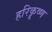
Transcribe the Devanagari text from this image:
हरिकॄष्ण